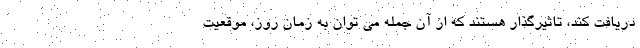
دریافت کند، تاثیرگذار هستند که از آن جمله می توان به زمان روز، موقعیت